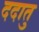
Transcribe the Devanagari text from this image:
ददातु